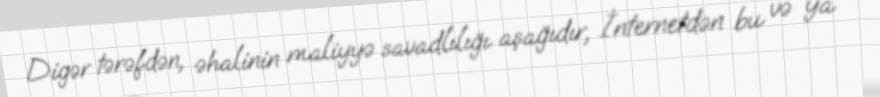
Digər tərəfdən, əhalinin maliyyə savadlılığı aşağıdır, İnternetdən bu və ya